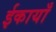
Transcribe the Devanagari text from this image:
ईकायाँ